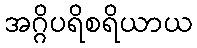
အဂ္ဂိပရိစရိယာယ